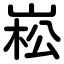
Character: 崧